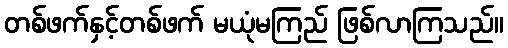
တစ်ဖက်နှင့်တစ်ဖက် မယုံမကြည် ဖြစ်လာကြသည်။